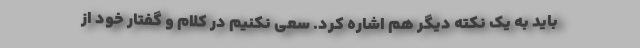
باید به یک نکته دیگر هم اشاره کرد. سعی نکنیم در کلام و گفتار خود از